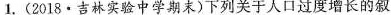
1.(2018·吉林实验中学期末)下列关于人口过度增长的叙